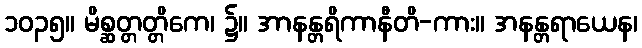
၁၀၃၅။ မိစ္ဆတ္တတ္တိကေ၊ ၌။ အာနန္တရိကာနီတိ-ကား။ အနန္တရာယေန၊